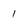
Character: 1